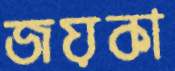
জয়কা